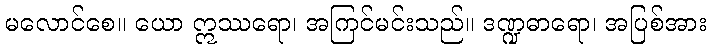
မလောင်စေ။ ယော ဣဿရော၊ အကြင်မင်းသည်။ ဒဏ္ဍဓာရော၊ အပြစ်အား